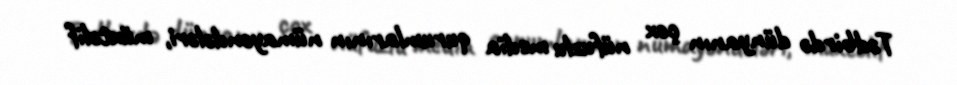
Tədbirdə dünyanın çox nüfuzlu media qurumlarının nümayəndələri, müxtəlif